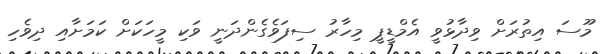
މޫސަ އިތުރަށް ވިދާޅުވީ އެމްޑީޕީ މިހާރު ސިފަވެގެންދަނީ ވަކި މީހަކަށް ކަމަށާއި ދިވެހި